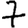
Digit: 7